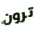
ترون